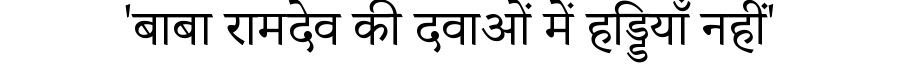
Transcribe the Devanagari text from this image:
'बाबा रामदेव की दवाओं में हड्डियाँ नहीं'